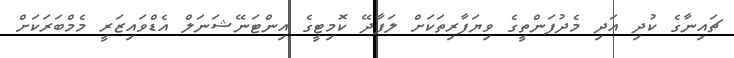
ޗައިނާގެ ކުދި އަދި މެދުފަންތީގެ ވިޔަފާރިތަކަށް ލަފާދޭ ކޮމިޓީގެ އިންޓަނޭޝަނަލް އެޑްވައިޒަރީ މެމްބަރަކަށް